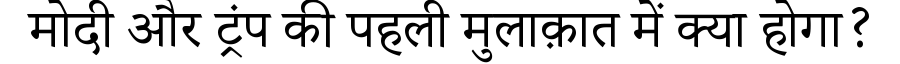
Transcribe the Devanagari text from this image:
मोदी और ट्रंप की पहली मुलाक़ात में क्या होगा?